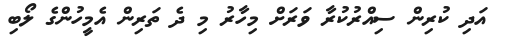
އަދި ކުރިން ސިއްރުކުރާ ވަރަށް މިހާރު މި ދެ ތަރިން އެމީހުންގެ ލޯބި